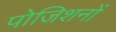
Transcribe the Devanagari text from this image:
पोजिशनों